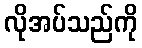
လိုအပ်သည်ကို